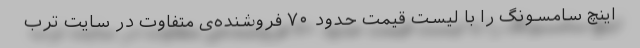
اینچ سامسونگ را با لیست قیمت حدود ۷۰ فروشنده‌ی متفاوت در سایت ترب